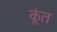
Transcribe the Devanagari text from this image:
कूंत